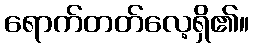
ရောက်တတ်လေ့ရှိ၏။